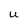
Character: U